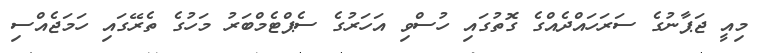
މިއީ ޖަޕާނުގެ ސަރަހައްދެއްގެ ގޮތުގައި ހުސްވި އަހަރުގެ ސެޕްޓެމްބަރު މަހުގެ ތެރޭގައި ހަމަޖެއްސި